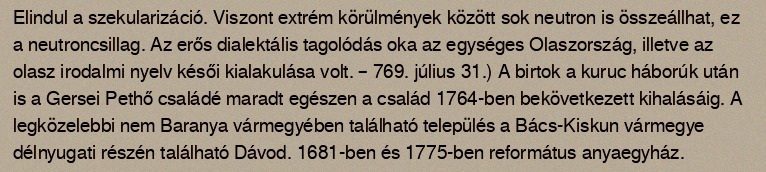
Elindul a szekularizáció. Viszont extrém körülmények között sok neutron is összeállhat, ez a neutroncsillag. Az erős dialektális tagolódás oka az egységes Olaszország, illetve az olasz irodalmi nyelv késői kialakulása volt. – 769. július 31.) A birtok a kuruc háborúk után is a Gersei Pethő családé maradt egészen a család 1764-ben bekövetkezett kihalásáig. A legközelebbi nem Baranya vármegyében található település a Bács-Kiskun vármegye délnyugati részén található Dávod. 1681-ben és 1775-ben református anyaegyház.